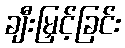
ချီးမြှင့်ခြင်း